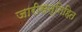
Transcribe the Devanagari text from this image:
जारीसन्निहित